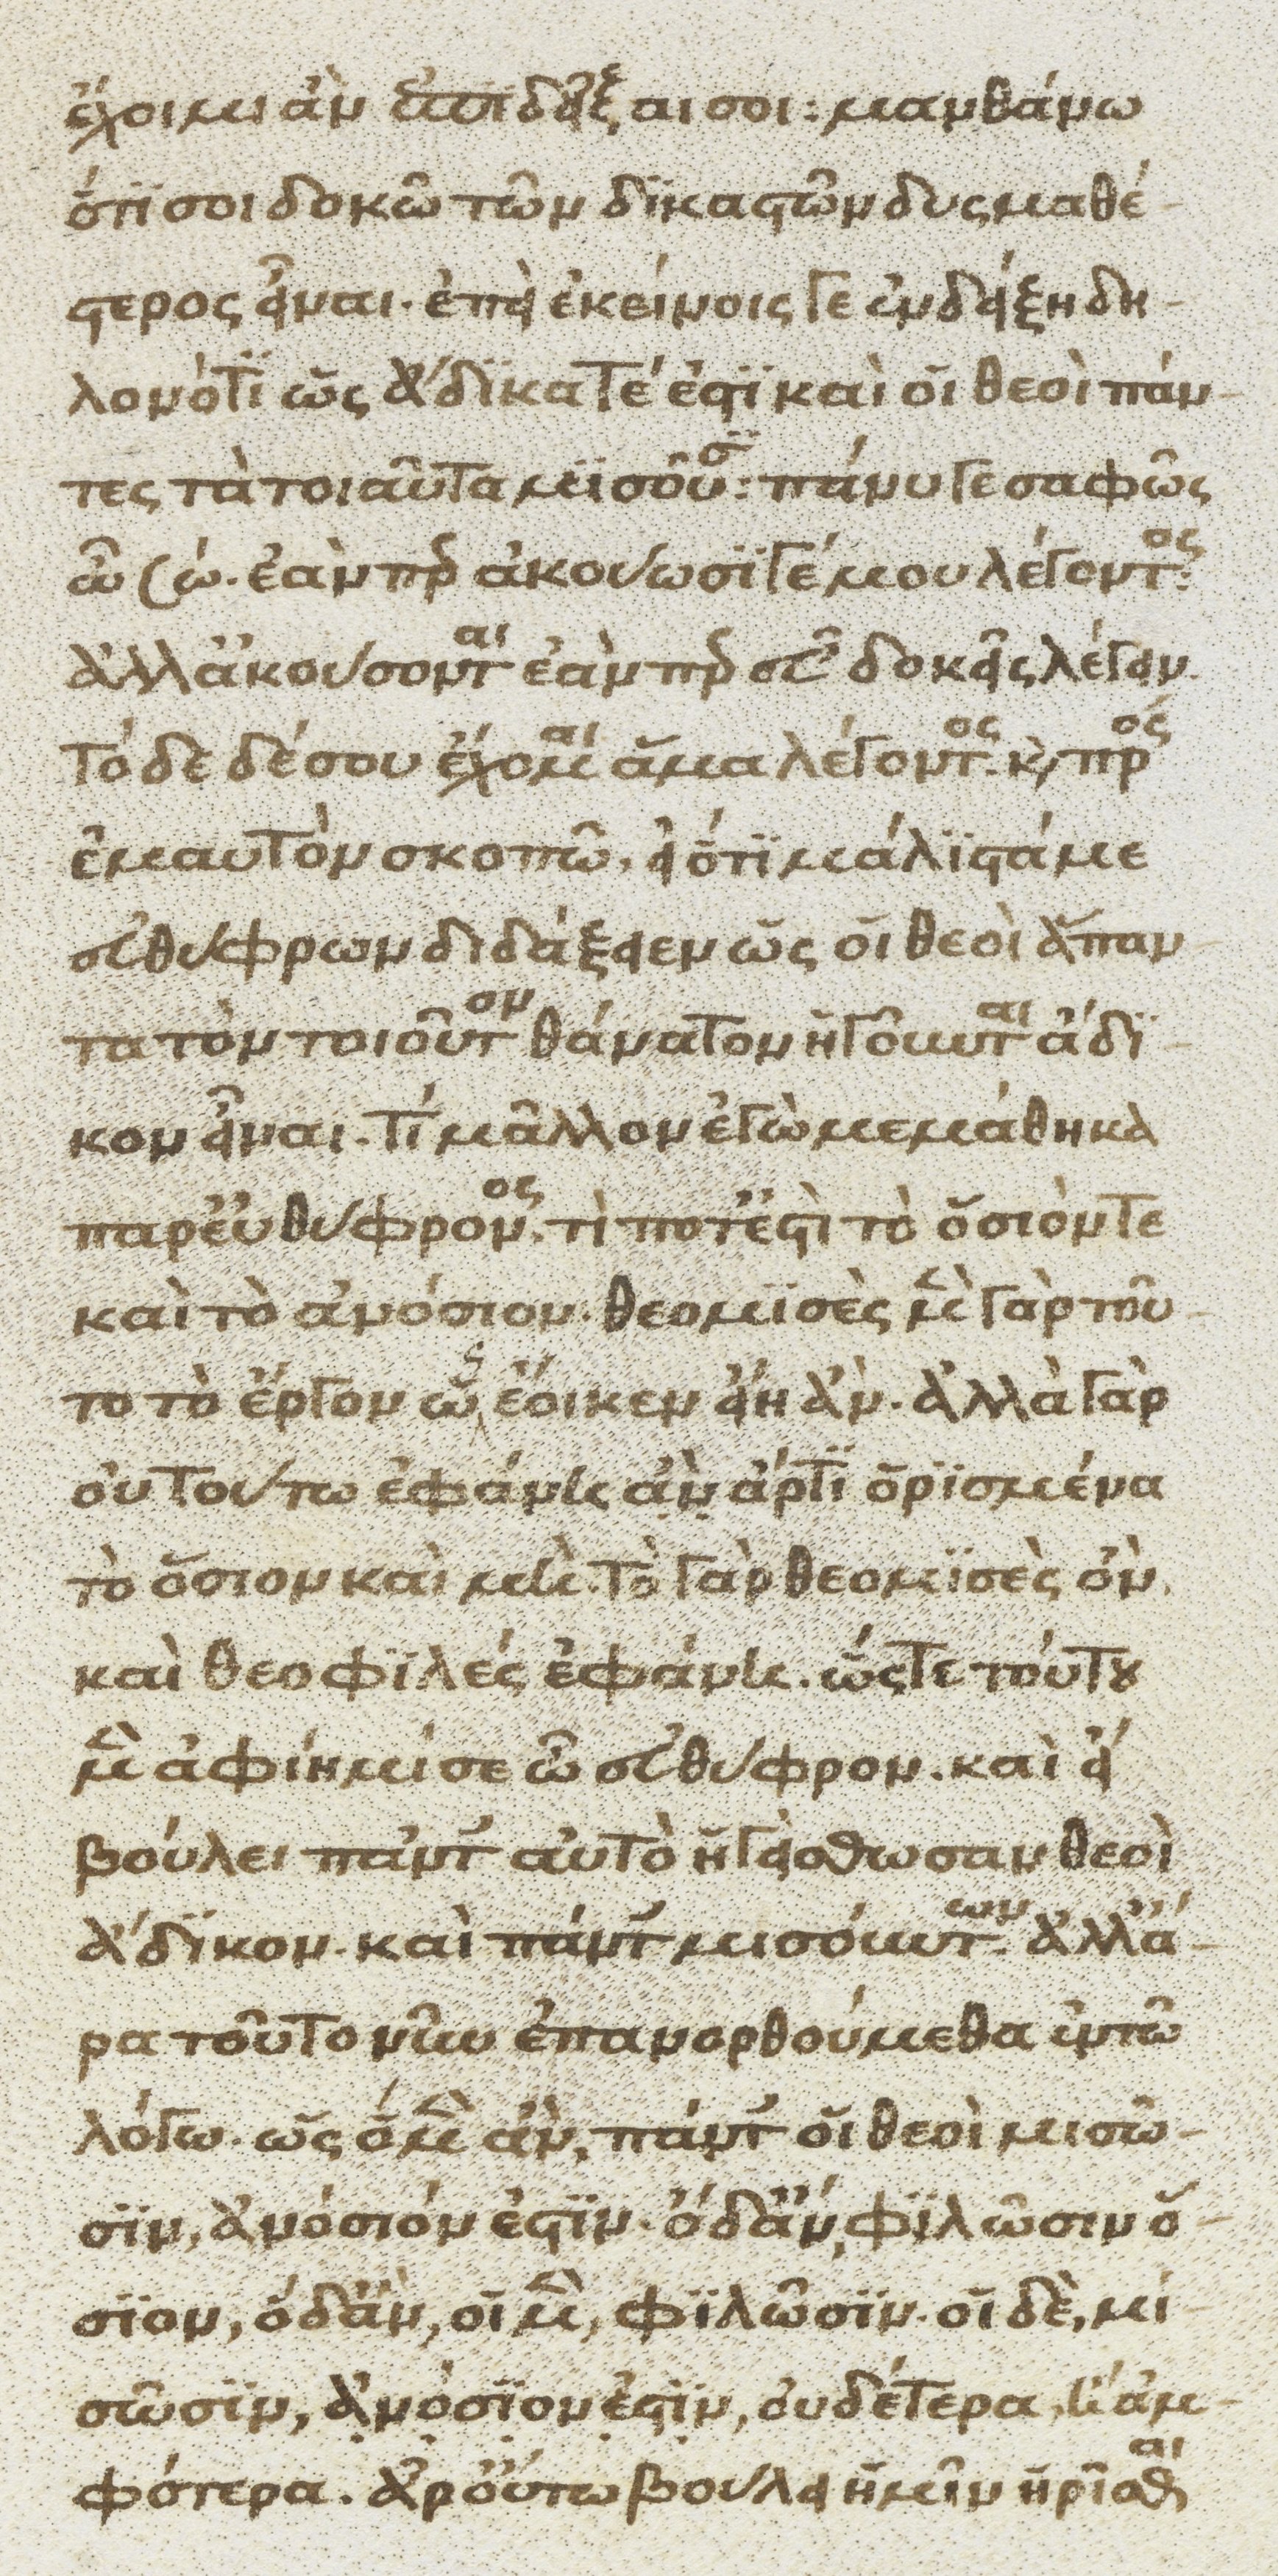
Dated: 1370–1430